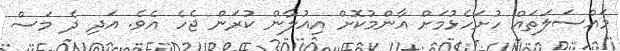
މައްސަލަތައް ހުށަހެޅުމަށް އާންމުކޮށް އިއުލާން ކުރަން ޖެހެ އެވެ. އަދި ދެ މަސް